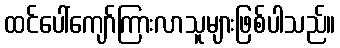
ထင်ပေါ်ကျော်ကြားလာသူများဖြစ်ပါသည်။